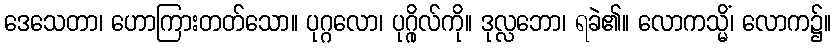
ဒေသေတာ၊ ဟောကြားတတ်သော။ ပုဂ္ဂလော၊ ပုဂ္ဂိုလ်ကို။ ဒုလ္လဘော၊ ရခဲ၏။ လောကသ္မိံ၊ လောက၌။